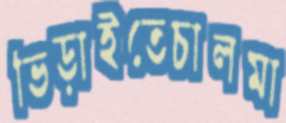
ভিড়াইতেচালমা